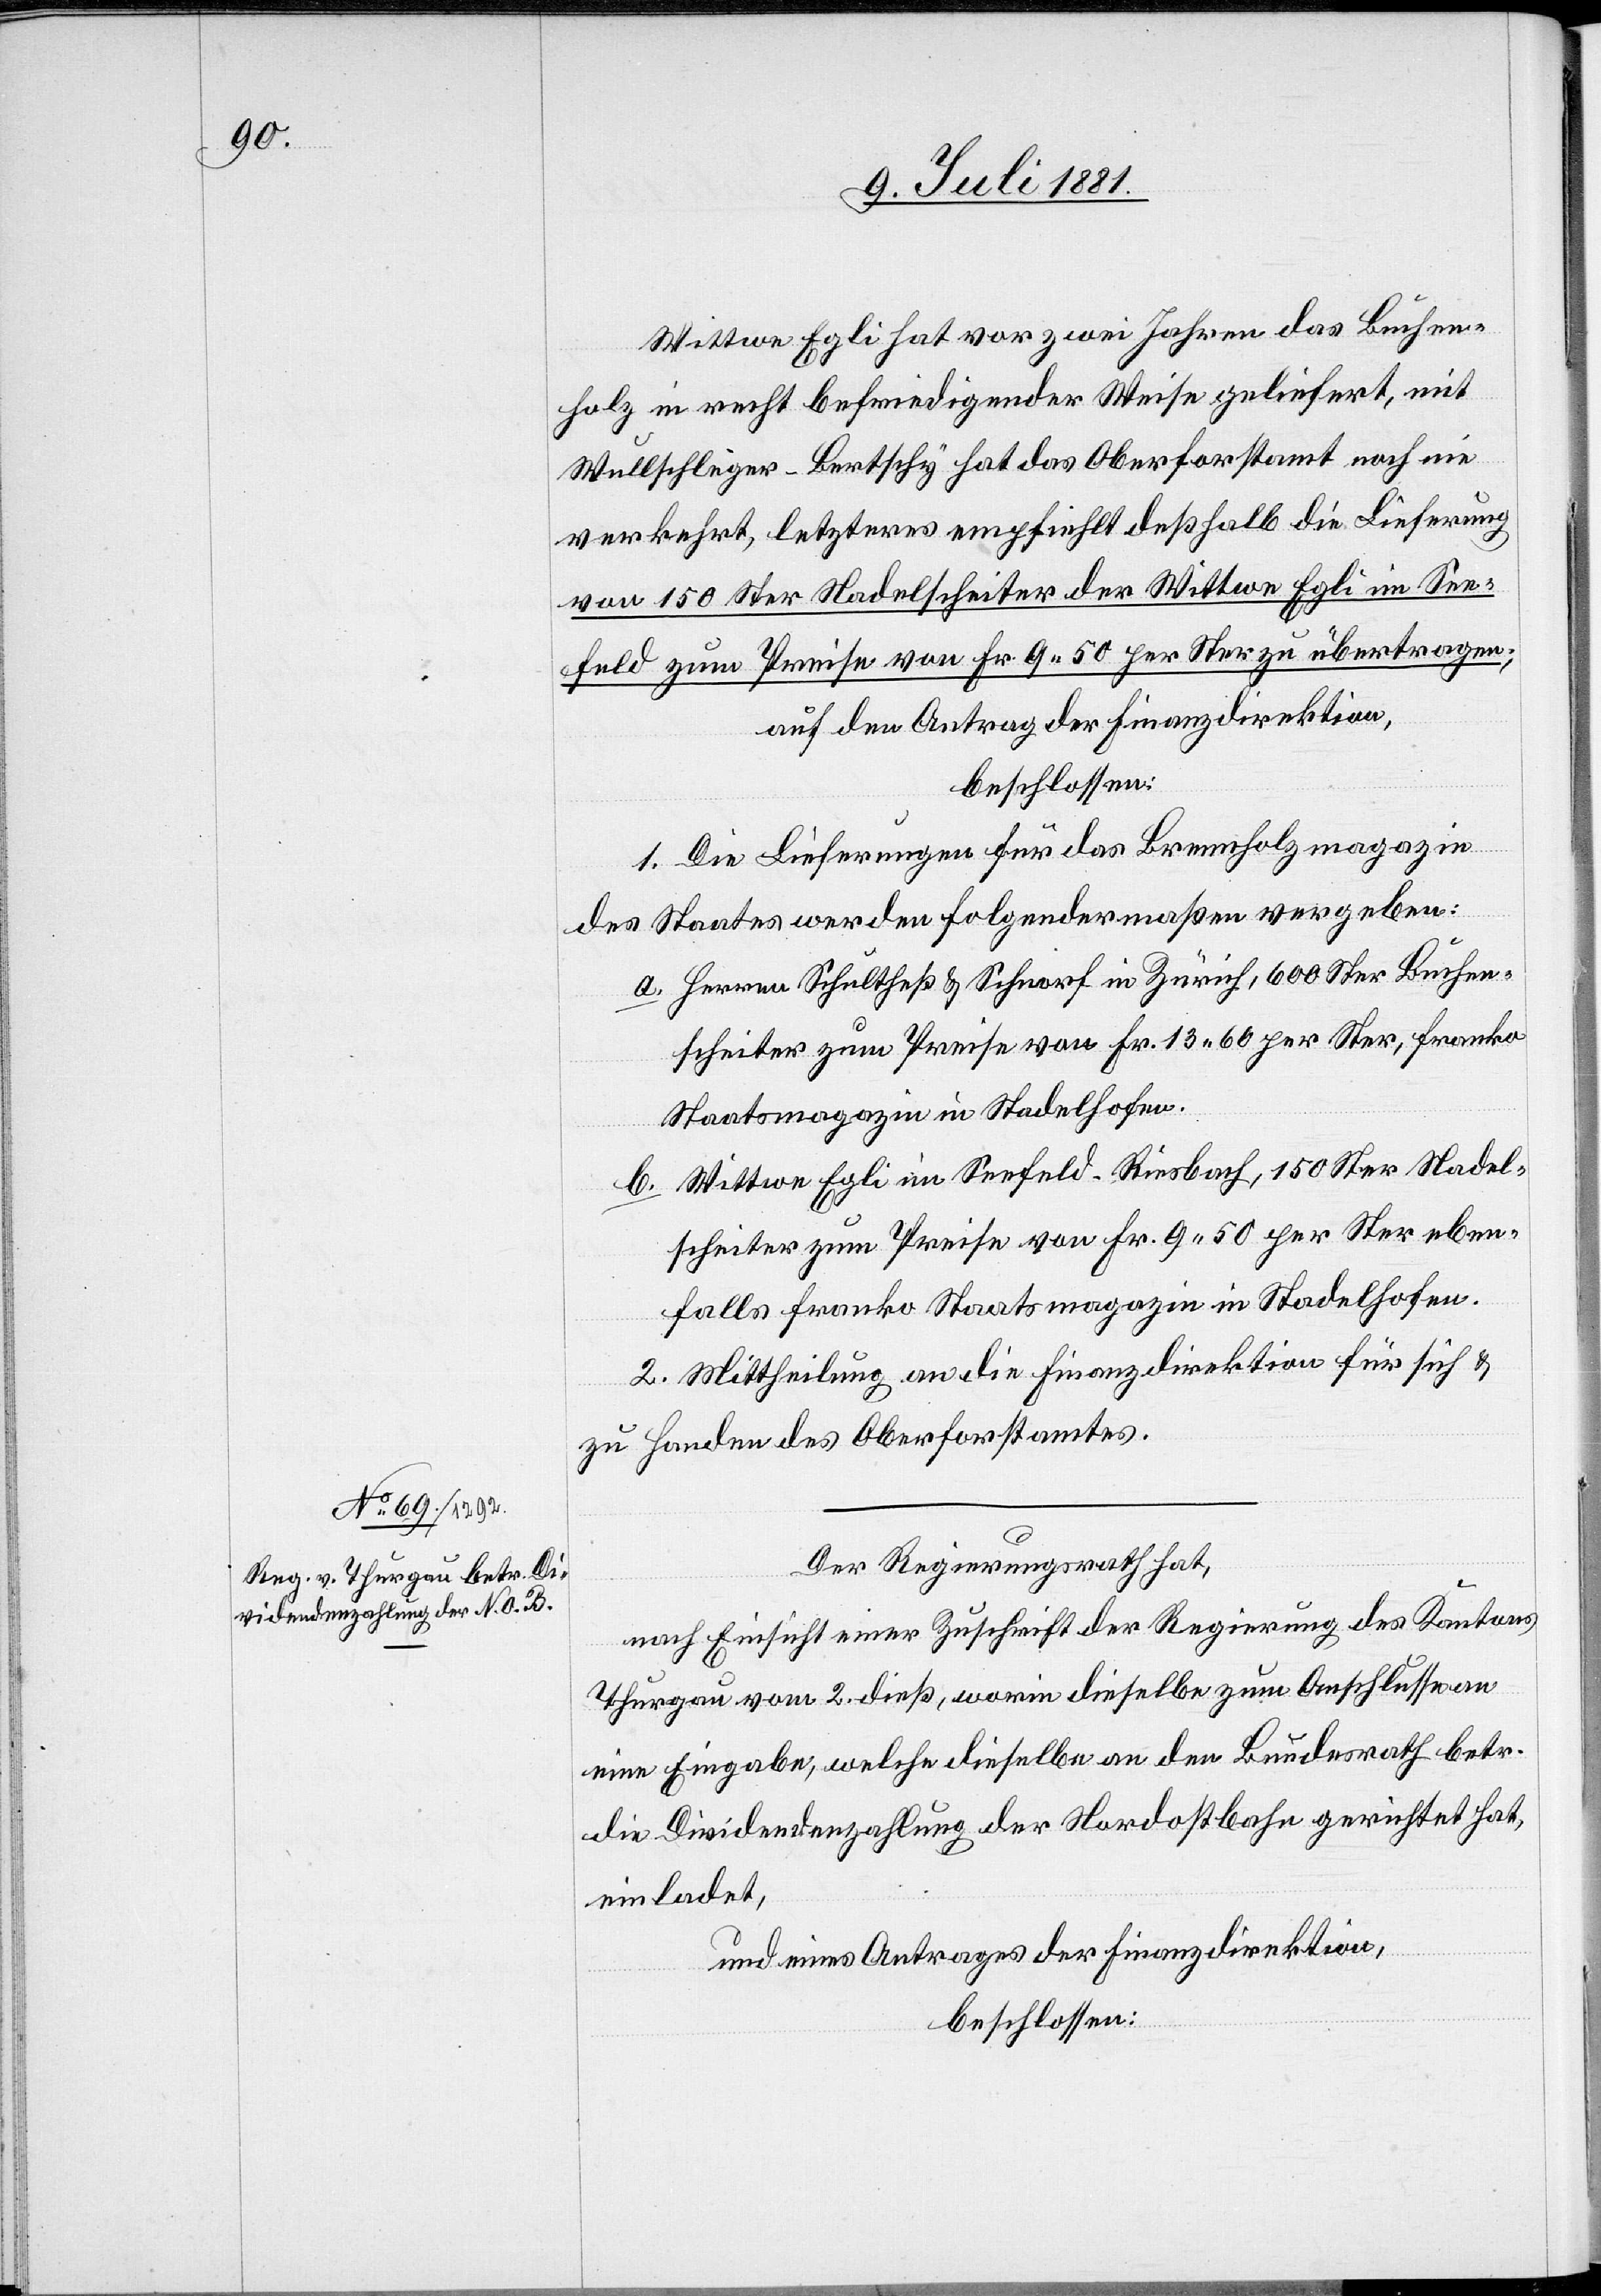
Wittwe Egli hat vor zwei Jahren das Buchen¬
holz in recht befriedigender Weise geliefert, mit
Wullschleger [sic!] -Bertschy hat das Oberforstamt noch nie
verkehrt, letzteres empfiehlt deßhalb die Lieferung
von 150 Ster Nadelscheiter der Wittwe Egli im See¬
feld zum Preise von Fr. 9 50 per Ster zu übertragen;
auf den Antrag der Finanzdirektion,
beschlossen
1. Die Lieferungen für das Brennholzmagazin
des Staates werden folgendermaßen vergeben:
a. Herren Schultheß & Schnorf in Zürich, 600 Ster Buchen¬
scheiter zum Preise von Fr. 13 60 per Ster, franko
Staatsmagazin in Stadelhofen.
b. Wittwe Egli im Seefeld - Riesbach, 150 Ster Nadel¬
scheiter zum Preise von Fr. 9 50 per Ster eben¬
falls franko Staatsmagazin in Stadelhofen.
2. Mittheilung an die Finanzdirektion für sich &
zu Handen des Oberforstamtes.
Der Regierungsrath hat,
nach Einsicht einer Zuschrift der Regierung des Kantons
Thurgau vom 2. dieß, worin dieselbe zum Anschlusse an
eine Eingabe, welche dieselbe an den Bundesrath betr.
die Dividendenzahlung der Nordostbahn gerichtet hat,
einladet,
und eines Antrages der Finanzdirektion,
beschlossen